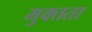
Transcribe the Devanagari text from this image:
मुक्‍तता